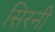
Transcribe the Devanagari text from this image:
सिरनी